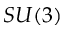
S U ( 3 )